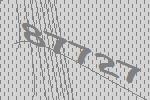
87727